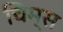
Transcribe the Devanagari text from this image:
चिम्स